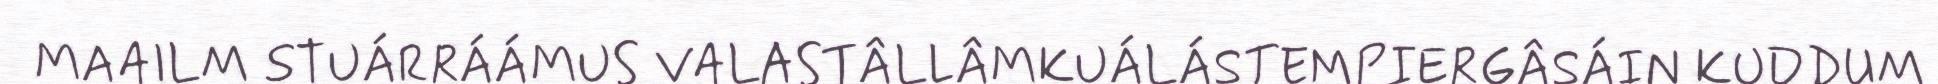
MAAILM STUÁRRÁÁMUS VALASTÂLLÂMKUÁLÁSTEMPIERGÂSÁIN KUDDUM